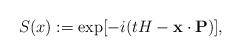
LaTeX: \begin{align*} S(x):=\exp[-i(tH-{\bf x}\cdot{\bf P})],\end{align*}